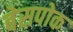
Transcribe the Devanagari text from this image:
बेसपोक